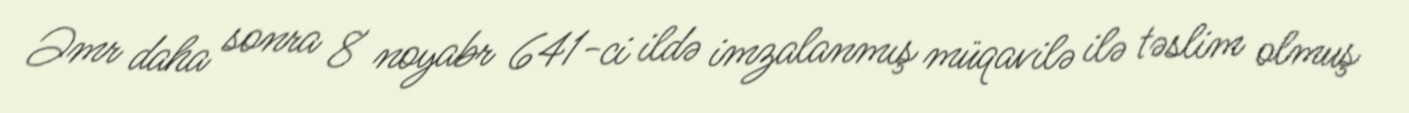
Əmr daha sonra 8 noyabr 641-ci ildə imzalanmış müqavilə ilə təslim olmuş